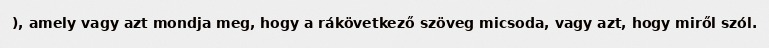
), amely vagy azt mondja meg, hogy a rákövetkező szöveg micsoda, vagy azt, hogy miről szól.